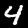
Digit: 4